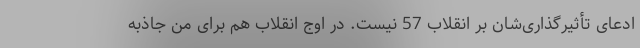
ادعای تأثیرگذاری‌شان بر انقلاب 57 نیست. در اوج انقلاب هم برای من جاذبه